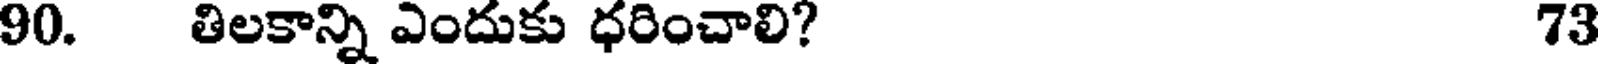
90. తిలకాన్ని ఎందుకు ధరించాలి? 73